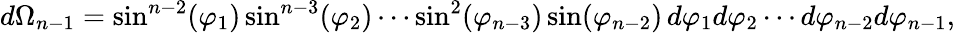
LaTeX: d\Omega_{n-1}=\sin^{n-2}(\varphi_{1})\sin^{n-3}(\varphi_{2})\cdots\sin^{2}(\varphi_{n-3})\sin(\varphi_{n-2})\, d\varphi_{1}d\varphi_{2}\cdots d\varphi_{n-2}d\varphi_{n-1},